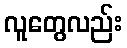
လူတွေလည်း